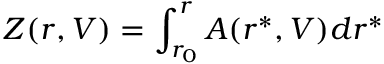
Z ( r , V ) = \displaystyle \int _ { r _ { 0 } } ^ { r } A ( r ^ { * } , V ) d r ^ { * }